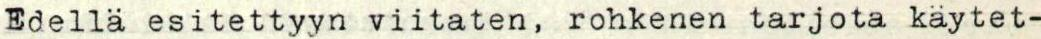
Edellä esitettyyn viitaten, rohkenen tarjota käytet-